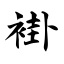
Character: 褂